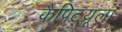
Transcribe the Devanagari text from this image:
कैपिट्यूला